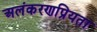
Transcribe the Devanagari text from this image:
अलंकरणप्रियता